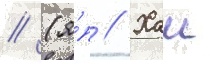
// (я́п // Хаи